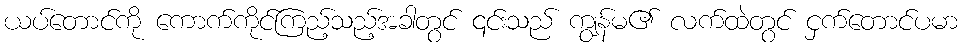
ယပ်တောင်ကို ကောက်ကိုင်ကြည့်သည့်အခါတွင် ၎င်းသည် ကျွန်မ၏ လက်ထဲတွင် ငှက်တောင်ပမာ